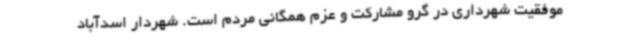
موفقیت شهرداری در گرو مشارکت و عزم همگانی مردم است. شهردار اسدآباد